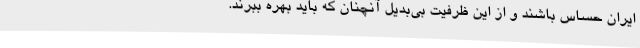
ایران حساس باشند و از این ظرفیت بی‌بدیل آنچنان که باید بهره ببرند.